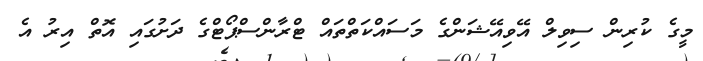
މީގެ ކުރިން ސިވިލް އޭވިއޭޝަންގެ މަސައްކަތްތައް ޓްރާންސްޕޯޓްގެ ދަށުގައި އޮތް އިރު އެ